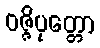
ဝဇ္ဇိပုတ္တော